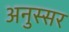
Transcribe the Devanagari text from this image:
अनुस्सर